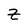
Character: z